Civil Veterinary Dept. Bombay admin report 1932-41 - 1932-1941
Year: 1932
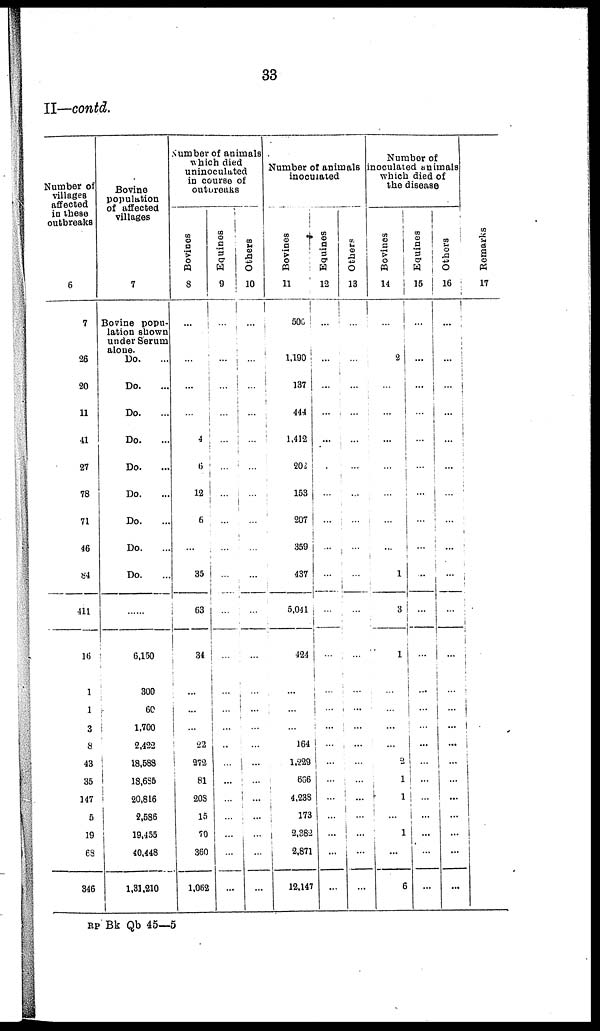
33
II—contd.
Number of
villages
affected
in these
outbreaks
6
7
26
20
11
41
27
78
71
46
84
411
16
1
1
3
8
43
35
147
5
19
68
346
Bovine
population
of affected
villages
7
Bovine popu-
lation shown
under Serum
alone. Do. ...
Do. ...
Do. ...
Do. ...
Do. ...
Do. ...
Do. ...
Do. ...
Do. ...
......
6,150
300
60
1,700
2,422
18,588
18,685
20,816
2,586
19,455
40,448
1,31,210
Number of animals
which died
uninoculated
in course of
outbreaks
Bovines
8
...
...
...
...
4
6
12
6
...
35
63
34
...
...
...
22
272
81
208
15
70
360
1,052
Equines
9
...
...
...
...
...
...
...
...
...
...
...
...
...
...
...
...
...
...
...
...
...
...
...
Others
10
...
...
...
...
...
...
...
...
...
...
...
...
...
...
...
...
...
...
...
...
...
...
...
Number of animals
inoculated
Bovines
11
500
1,190
137
444
1,412
202
153
207
359
437
5,041
424
...
...
...
164
1,229
566
4,238
173
2,382
2,871
12,147
Equines
12
...
...
...
...
...
...
...
...
...
...
...
...
...
...
...
...
...
...
...
...
...
...
...
Others
13
...
...
...
...
...
...
...
...
...
...
...
...
...
...
...
...
...
...
...
...
...
...
...
Number of
inoculated animals
which died of
the disease
Bovines
14
...
2
...
...
...
...
...
...
...
1
3
1
...
...
...
...
2
1
1
...
1
...
6
Equines
15
...
...
...
...
...
...
...
...
...
...
...
...
...
...
...
...
...
...
...
...
...
...
...
Others
16
...
...
...
...
...
...
...
...
...
...
...
...
...
...
...
...
...
...
...
...
...
...
...
Remarks
17
RP Bk Qb 45—5